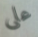
على